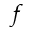
f